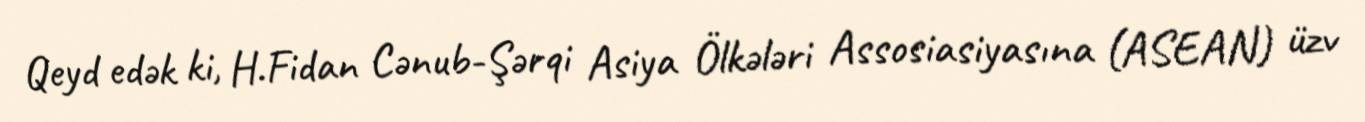
Qeyd edək ki, H.Fidan Cənub-Şərqi Asiya Ölkələri Assosiasiyasına (ASEAN) üzv